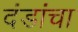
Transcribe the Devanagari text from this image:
दंडांचा